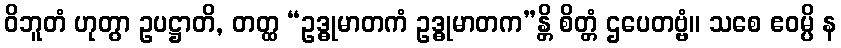
ဝိဘူတံ ဟုတွာ ဥပဋ္ဌာတိ, တတ္ထ “ဥဒ္ဓုမာတကံ ဥဒ္ဓုမာတက”န္တိ စိတ္တံ ဌပေတဗ္ဗံ။ သစေ ဧဝမ္ပိ န